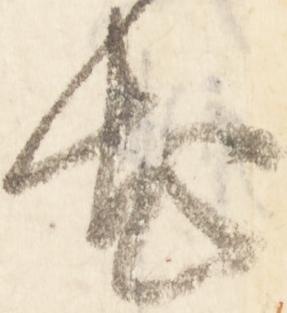
出